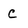
Character: c